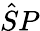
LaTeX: \hat{S}P